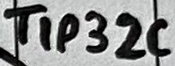
Text: TIP32C